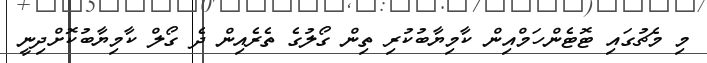
މި މެޗުގައި ޓޮޓެންހަމްއިން ކާމިޔާބުކުރި ތިން ގޯލުގެ ތެރެއިން ދެ ގޯލް ކާމިޔާބުކޮށްދިނީ